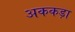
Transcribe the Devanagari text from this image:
अककड़ा